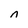
Character: n